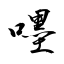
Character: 嚜